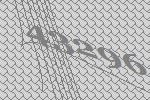
43296